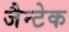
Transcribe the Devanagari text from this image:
जैन्टेक